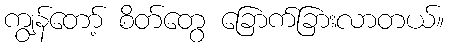
ကျွန်တော့် စိတ်တွေ ခြောက်ခြားလာတယ်။